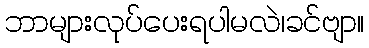
ဘာများလုပ်ပေးရပါမလဲ၊ခင်ဗျာ။